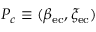
P _ { c } \equiv ( \beta _ { \mathrm { { e c } } } , \xi _ { \mathrm { { e c } } } )